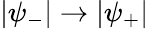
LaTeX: |\psi_{-}|\to|\psi_{+}|